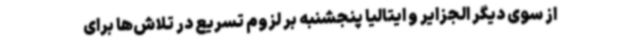
از سوی دیگر الجزایر و ایتالیا پنجشنبه بر لزوم تسریع در تلاش‌ها برای